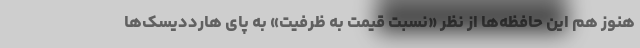
هنوز هم این حافظه‌ها از نظر «نسبت قیمت به ظرفیت» به پای هارددیسک‌ها